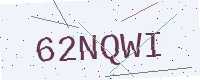
Text: 62NQWI